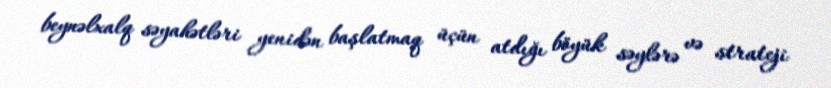
beynəlxalq səyahətləri yenidən başlatmaq üçün atdığı böyük səylərə və strateji